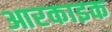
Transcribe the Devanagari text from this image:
आरकाइक